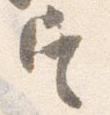
定